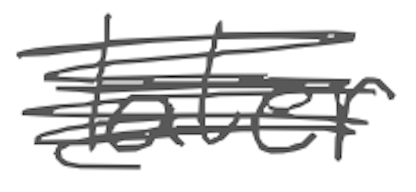
Text: later
Cross-out: scratch
Writing tool: digital_gray